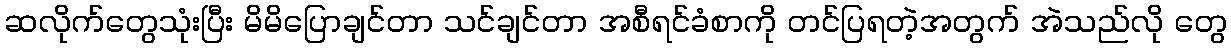
ဆလိုက်တွေသုံးပြီး မိမိပြောချင်တာ သင်ချင်တာ အစီရင်ခံစာကို တင်ပြရတဲ့အတွက် အဲသည်လို တွေ